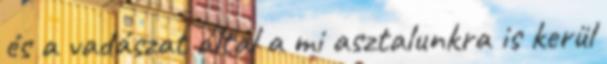
és a vadászat által a mi asztalunkra is kerül